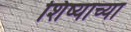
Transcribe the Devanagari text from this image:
शिष्याच्या